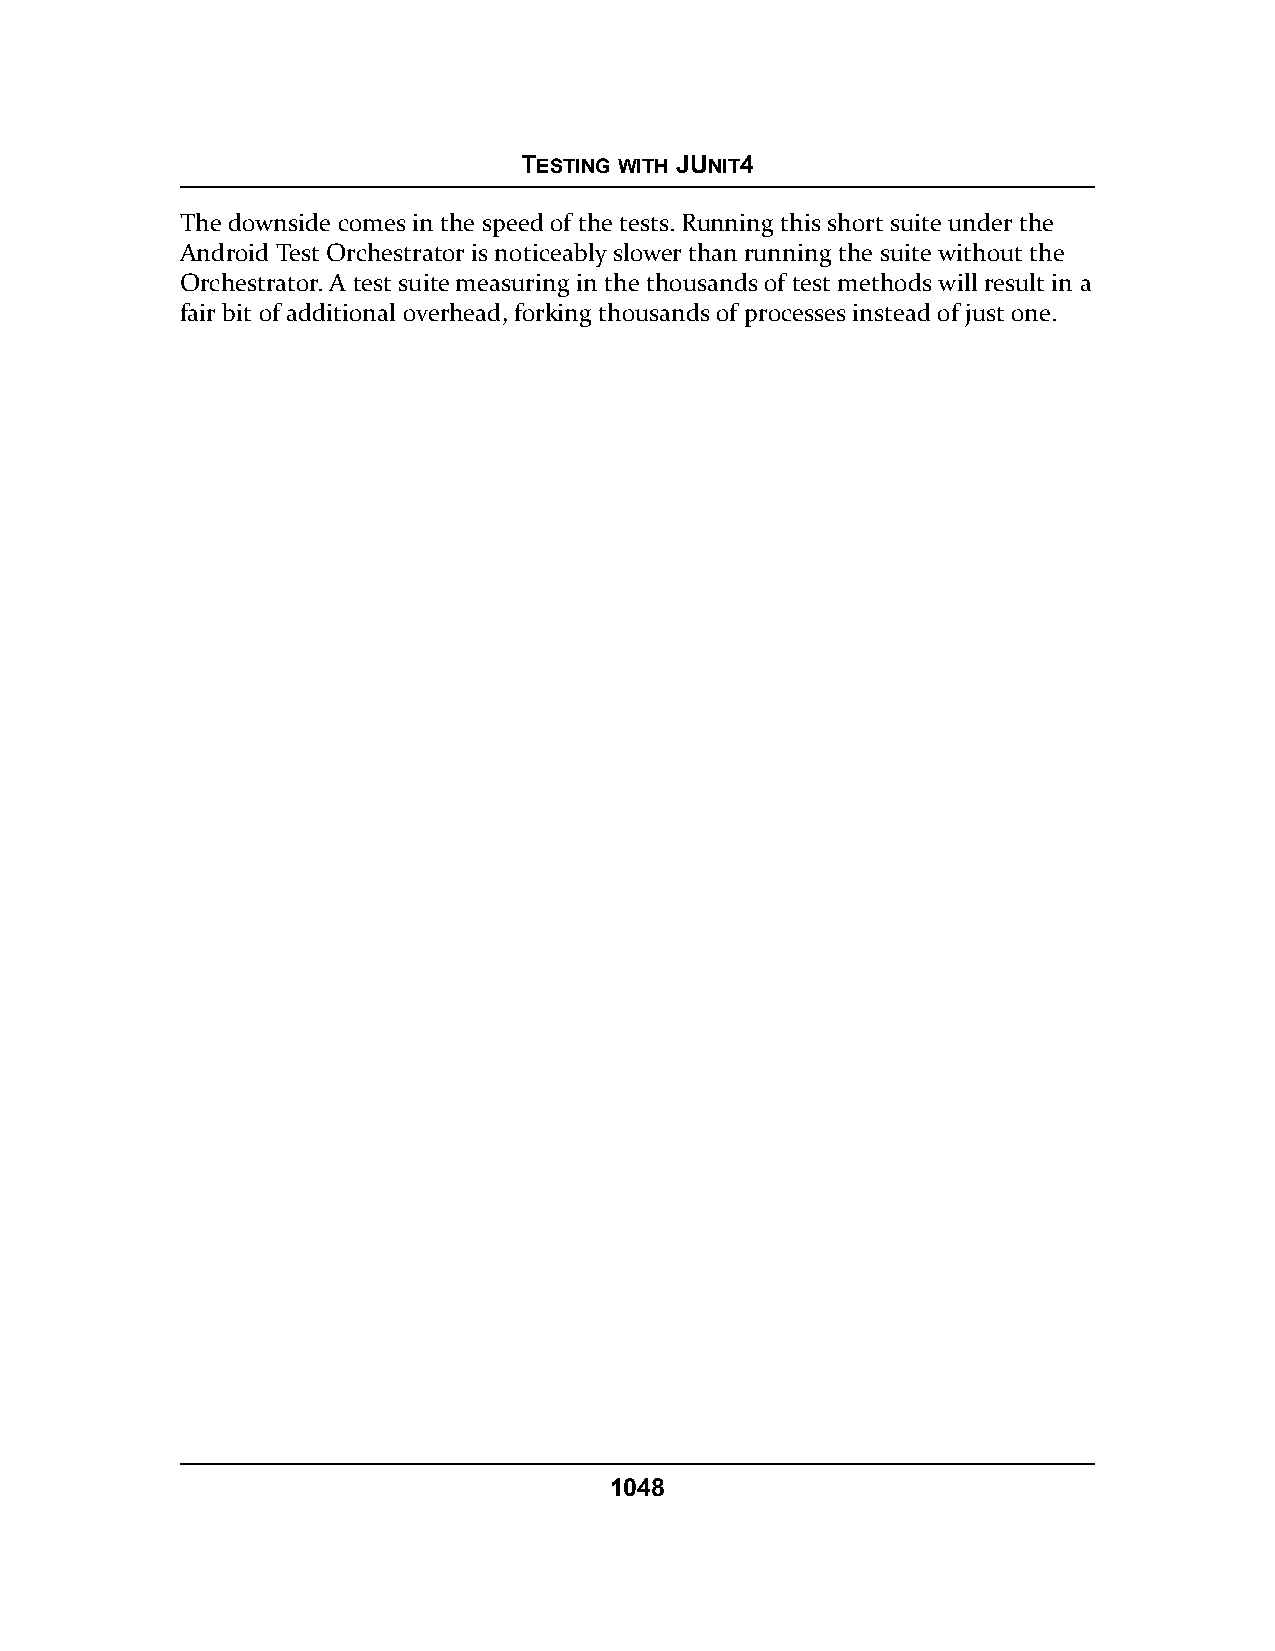
TESTING WITH JUNIT4
 The downside comes in the speed of the tests. Running this short suite under the
 Android Test Orchestrator is noticeably slower than running the suite without the
 Orchestrator. A test suite measuring in the thousands of test methods will result in a
 fair bit of additional overhead, forking thousands of processes instead of just one.
 1048